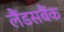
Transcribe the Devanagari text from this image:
लैंडसबैंक